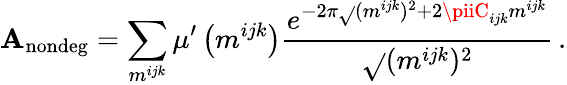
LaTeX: \mathbf{A}_{\mathrm{{nondeg}}}=\sum_{m^{ijk}}\mu^{\prime}\left(m^{ijk}\right)\frac{{e^{-2\pi\sqrt{}{{(m^{ijk})^{2}}}+2\piiC_{ijk}m^{ijk}}}}{{\sqrt{}{{(m^{ijk})^{2}}}}}\, .